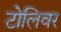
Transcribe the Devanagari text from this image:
टोलिवर